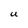
Character: U